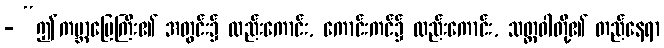
- “ဤကမ္ဘာမြေကြီး၏ အတွင်း၌ လည်းကောင်း, ကောင်းကင်၌ လည်းကောင်း, သတ္တဝါတို့၏ တည်နေရာ